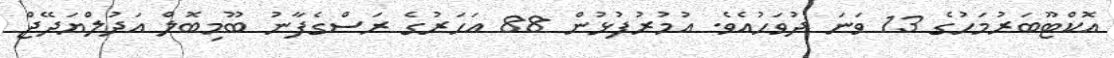
އޮކްޓޫބަރުމަހުގެ 13 ވަނަ ދުވަހުއެވެ. އުމުރުފުޅުން 88 އަހަރުގެ ރަސްގެފާނު ބޫމިބޮލް އަދުލްޔަދޭޖް